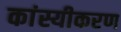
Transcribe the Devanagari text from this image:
कांस्यीकरण